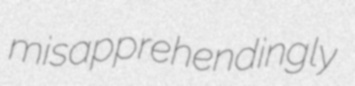
misapprehendingly